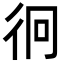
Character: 𭛡